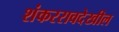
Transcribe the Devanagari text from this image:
शंकररावदेखील